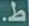
ط.